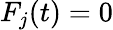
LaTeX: F_{j}(t)=0